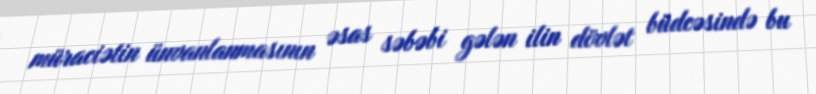
müraciətin ünvanlanmasının əsas səbəbi gələn ilin dövlət büdcəsində bu